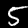
Digit: 5